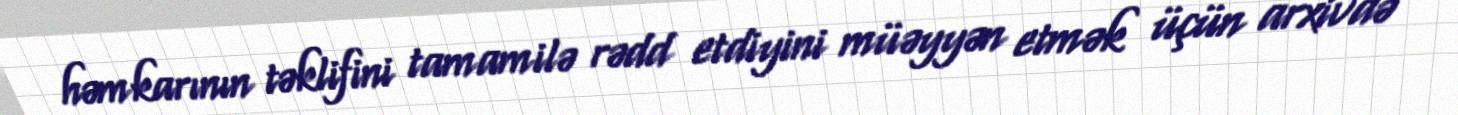
həmkarının təklifini tamamilə rədd etdiyini müəyyən etmək üçün arxivdə